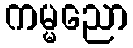
ကမ္မညော